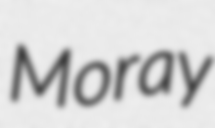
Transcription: Moray